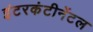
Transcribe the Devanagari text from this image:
इंटरकंटीनेंटल